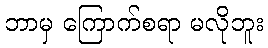
ဘာမှ ကြောက်စရာ မလိုဘူး